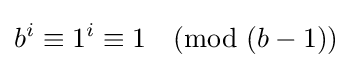
b^{i}\equiv 1^{i}\equiv 1{\pmod {(b-1)}}